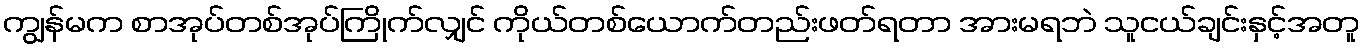
ကျွန်မက စာအုပ်တစ်အုပ်ကြိုက်လျှင် ကိုယ်တစ်ယောက်တည်းဖတ်ရတာ အားမရဘဲ သူငယ်ချင်းနှင့်အတူ